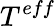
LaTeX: T^{eff}